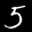
Label: 5